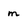
Character: m